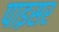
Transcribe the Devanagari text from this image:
पाइसर